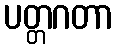
ပတ္တဂတာ